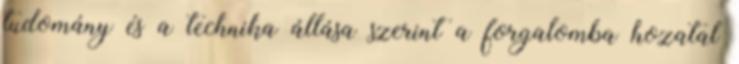
tudomány és a technika állása szerint a forgalomba hozatal